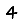
Digit: 4